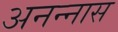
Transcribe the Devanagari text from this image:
अनन्‍नास